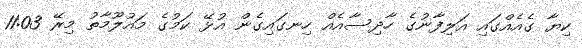
ކިޔާ ގެއެއްގައި އަލިފާނުގެ ހާދިސާއެއް ހިނގައިގެން އުޅޭ ކަަމުގެ މަައުލޫމާތު މިރޭ 11:03